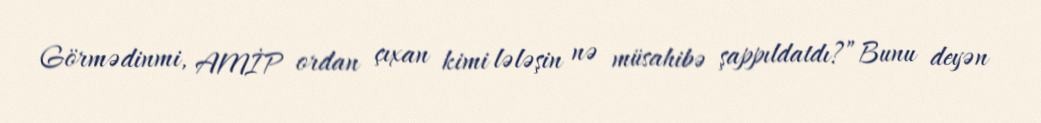
Görmədinmi, AMİP ordan çıxan kimi lələşin nə müsahibə şappıldatdı?”Bunu deyən